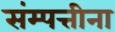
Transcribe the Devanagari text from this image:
संम्पत्तीना